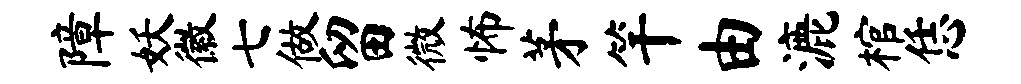
障妖徽七做留微怖茅竿由漉棺恁